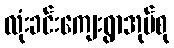
လုံးခင်းကျေးရွာအုပ်စု